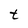
Character: t